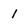
Character: 1